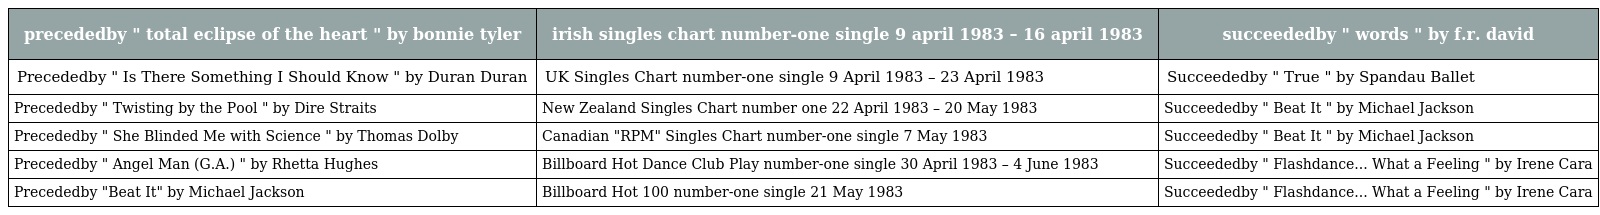
| precededby " total eclipse of the heart " by bonnie tyler | irish singles chart number-one single 9 april 1983 – 16 april 1983 | succeededby " words " by f.r. david |
 | --- | --- | --- |
 | Precededby " Is There Something I Should Know " by Duran Duran | UK Singles Chart number-one single 9 April 1983 – 23 April 1983 | Succeededby " True " by Spandau Ballet |
 | Precededby " Twisting by the Pool " by Dire Straits | New Zealand Singles Chart number one 22 April 1983 – 20 May 1983 | Succeededby " Beat It " by Michael Jackson |
 | Precededby " She Blinded Me with Science " by Thomas Dolby | Canadian "RPM" Singles Chart number-one single 7 May 1983 | Succeededby " Beat It " by Michael Jackson |
 | Precededby " Angel Man (G.A.) " by Rhetta Hughes | Billboard Hot Dance Club Play number-one single 30 April 1983 – 4 June 1983 | Succeededby " Flashdance... What a Feeling " by Irene Cara |
 | Precededby "Beat It" by Michael Jackson | Billboard Hot 100 number-one single 21 May 1983 | Succeededby " Flashdance... What a Feeling " by Irene Cara |